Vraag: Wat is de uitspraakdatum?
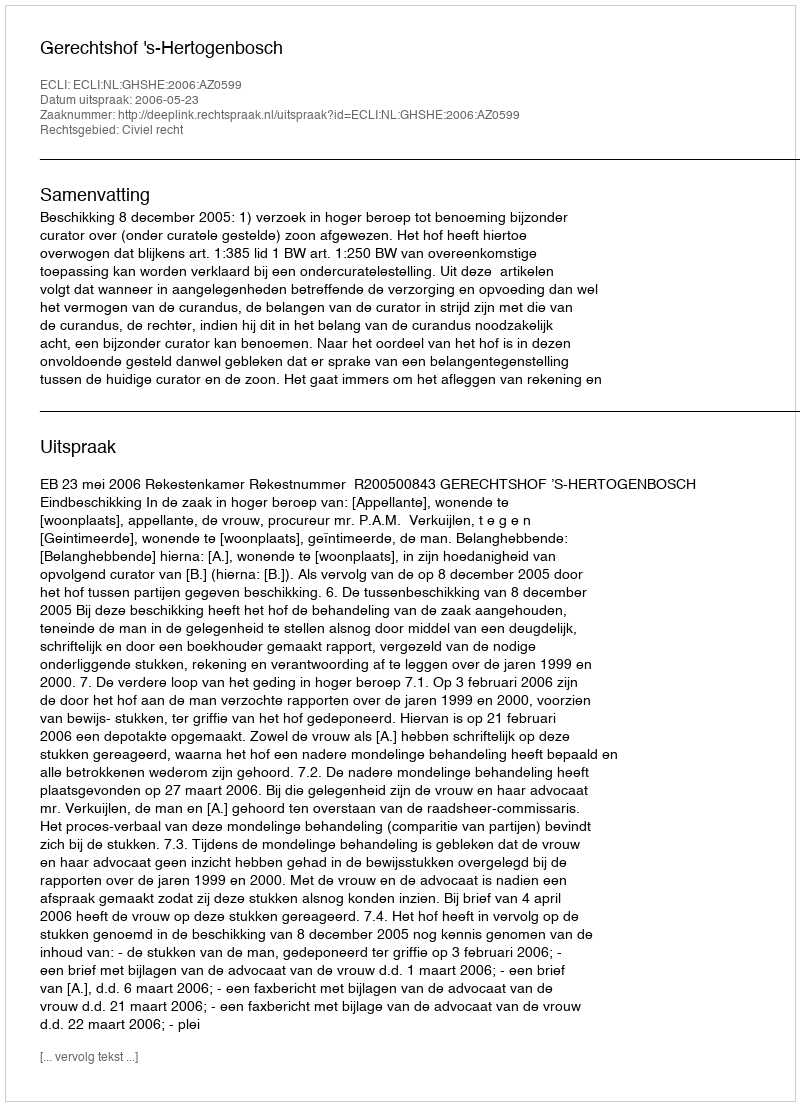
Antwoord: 2006-05-23